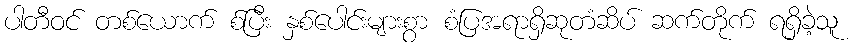
ပါတီဝင် တစ်ယောက် စ်ပြီး နှစ်ပေါင်းများစွာ စံပြအရာရှိဆုတံဆိပ် ဆက်တိုက် ရရှိခဲ့သူ